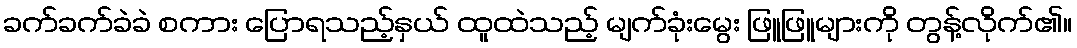
ခက်ခက်ခဲခဲ စကား ပြောရသည့်နှယ် ထူထဲသည့် မျက်ခုံးမွေး ဖြူဖြူများကို တွန့်လိုက်၏။